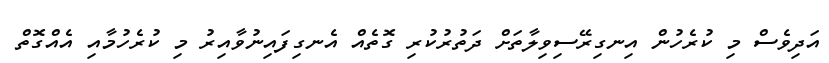
އަދިވެސް މި ކުރެހުން އިނގިރޭސިވިލާތަށް ދަތުރުކުރި ގޮތެއް އެނގިފައިނުވާއިރު މި ކުރެހުމާއި އެއްގޮތް